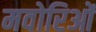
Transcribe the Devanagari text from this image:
मवोरिओं